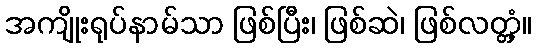
အကျိုးရုပ်နာမ်သာ ဖြစ်ပြီး၊ ဖြစ်ဆဲ၊ ဖြစ်လတ္တံ့။